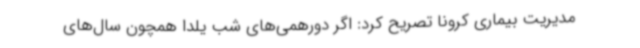
مدیریت بیماری کرونا تصریح کرد: اگر دورهمی‌های شب یلدا همچون سال‌های